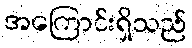
အကြောင်းရှိသည်